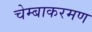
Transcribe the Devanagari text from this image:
चेम्बाकरमण